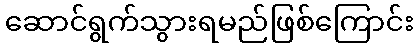
ဆောင်ရွက်သွားရမည်ဖြစ်ကြောင်း